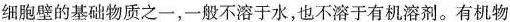
细胞壁的基础物质之一，一般不溶于水，也不溶于有机溶剂。有机物